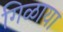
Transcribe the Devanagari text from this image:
गिळाया